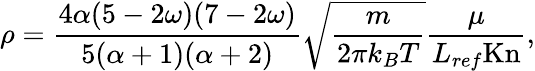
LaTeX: \rho=\frac{4\alpha(5-2\omega)(7-2\omega)}{5(\alpha+1)(\alpha+2)}\sqrt{\frac{m}{2\pi k_{B}T}}\frac{\mu}{L_{ref}\mathrm{Kn}},